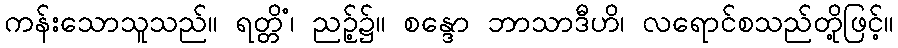
ကန်းသောသူသည်။ ရတ္တိံ၊ ညဉ့်၌။ စန္ဒော ဘာသာဒီဟိ၊ လရောင်စသည်တို့ဖြင့်။